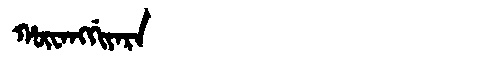
Manchu: ᡥᡡᠸᠠᠩᡤᡳᠶᠠᡵᠠ
Romanization: HŪWANGGIYARA